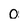
Character: 0